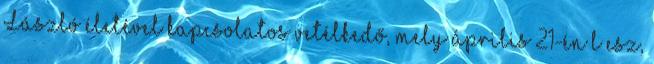
László életével kapcsolatos vetélkedő, mely április 21-én l esz,